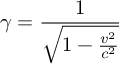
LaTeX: \gamma = { \frac { 1 } { \sqrt { 1 - { \frac { v ^ { 2 } } { c ^ { 2 } } } } } }